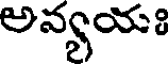
అవ్యయః